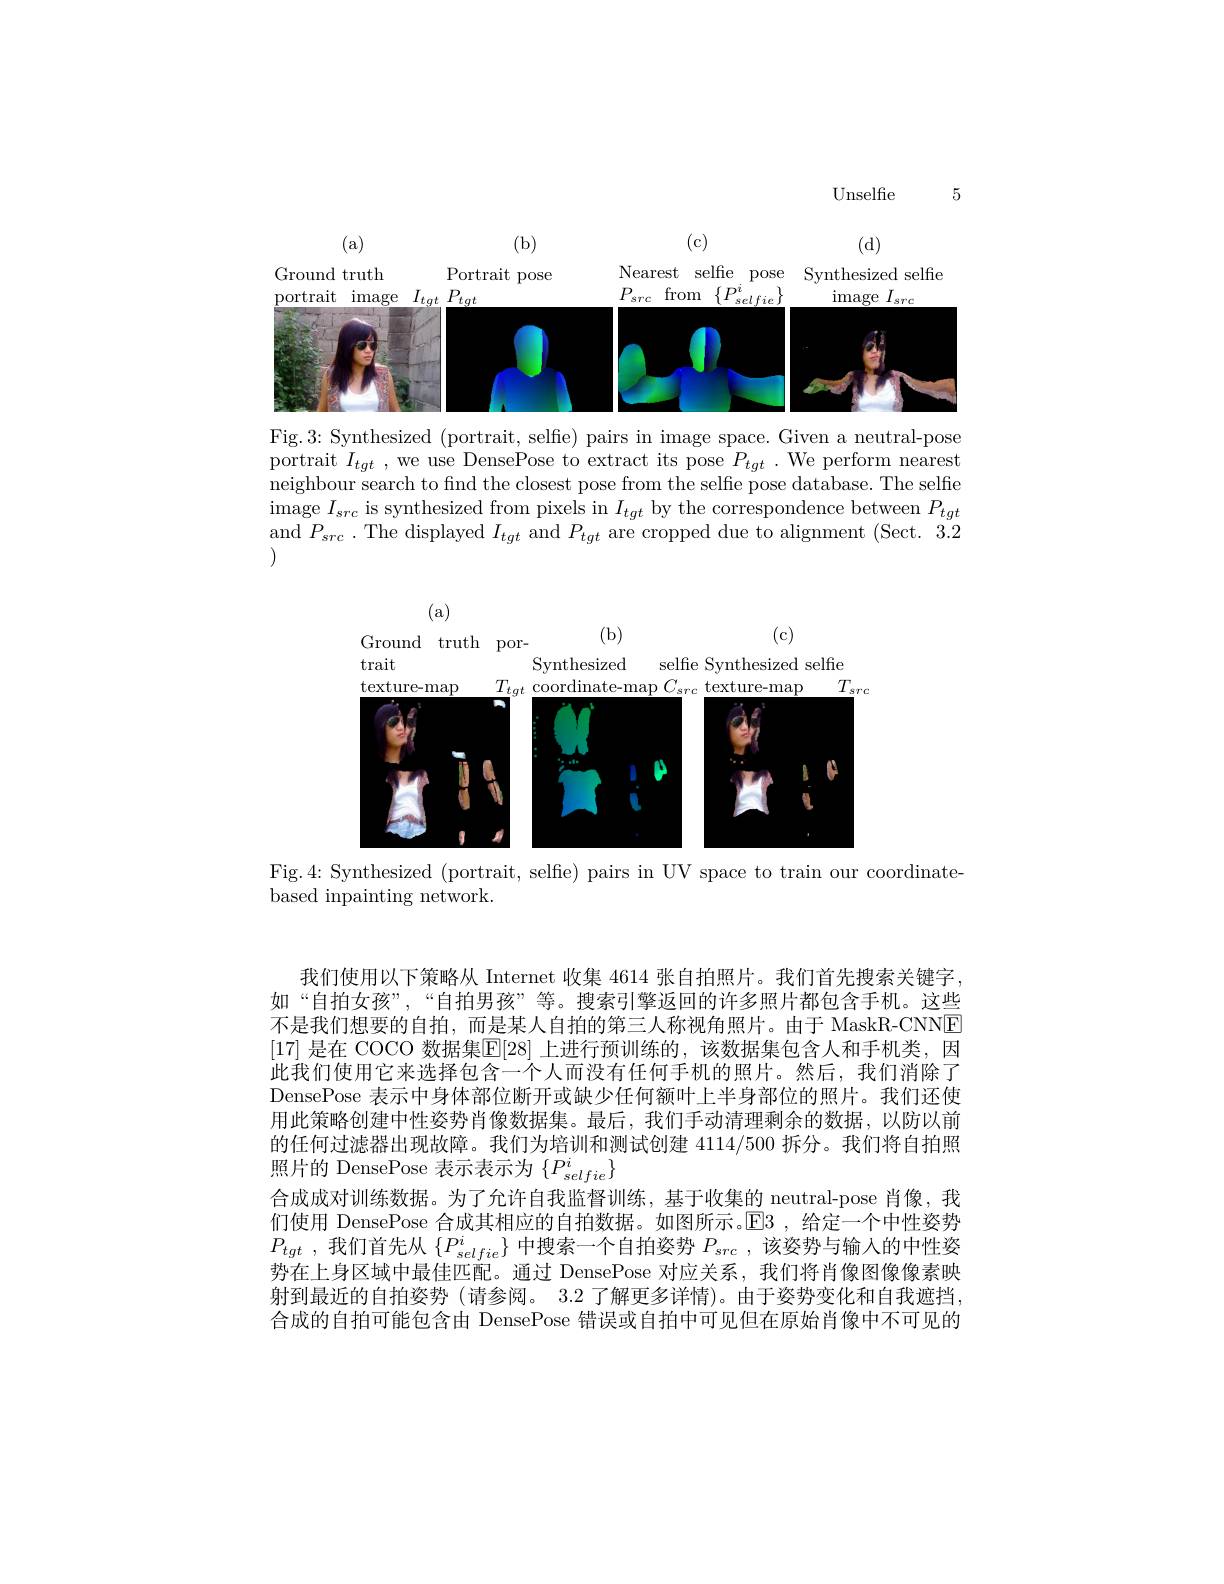
5

Unselfe

<FigureHere>

Fig.3: Synthesized (portrait, selfe) pairs in image space. Given a neutral-pose portrait $I_{tgt}$ ,we use DensePose to extract its pose $P_{tgt}$ .We perform nearest neighbour search to find the closest pose from the selfie pose database. The selfie image $I_src$ is synthesized from pixels in $I_tgt$ by the correspondence between $P_tgt$ and $P_{src}.$ The displayed $I_tgt$ and $P_tgt$ are cropped due to alignment (Sect. 3.21

(a)

(c)

(b)

Ground truth por-

Synthesized

selfie Synthesized selfie

trait

$\mathop{\text{texture-map}}$
$T_{src}$
$T_{tgt}$ coordinate-map $C_src$ texture-map
<FigureHere>

Fig.4: Synthesized (portrait, selfe) pairs in UV space to train our coordinate-
based inpainting network.

我们使用以下策略从 Internet 收集 4614 张自拍照片。我们首先搜索关键字， 如“自拍女孩”,“自拍男孩”等。搜索引擎返回的许多照片都包含手机。这些不是我们想要的自拍，而是某人自拍的第三人称视角照片。由于 MaskR-CNNE [17] 是在 COCO 数据集$\mathbb{E}[28]$ 上进行预训练的，该数据集包含人和手机类，因此我们使用它来选择包含一个人而没有任何手机的照片。然后，我们消除了DensePose 表示中身体部位断开或缺少任何额叶上半身部位的照片。我们还使用此策略创建中性姿势肖像数据集。最后，我们手动清理剩余的数据，以防以前的任何过滤器出现故障。我们为培训和测试创建 4114/500 拆分。我们将自拍照照片的 DensePose 表示表示为$\{P_selfie^i\}$
合成成对训练数据。为了允许自我监督训练，基于收集的 neutral-pose 肖像，我们使用 DensePose 合成其相应的自拍数据。如图所示。$\mathbb{E}$3 ,给定一个中性姿势$P_{tgt}$ ,我们首先从$\{P_selfie\}$中搜索一个自拍姿势$P_src$ ,该姿势与输入的中性姿势在上身区域中最佳匹配。通过 DensePose 对应关系，我们将肖像图像像素映射到最近的自拍姿势(请参阅。3.2 了解更多详情)。由于姿势变化和自我遮挡合成的自拍可能包含由 DensePose 错误或自拍中可见但在原始肖像中不可见的